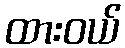
ထားဝယ်